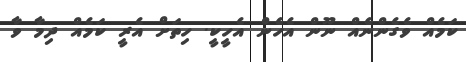
ކަމެއް ވެގެންނެއް ނޫން އެހެން އެހީކީ. ހިތަށް އެރީ ކަމެއް ދިމާ ވާ